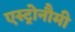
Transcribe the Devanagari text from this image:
एस्ट्रोनौमी